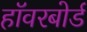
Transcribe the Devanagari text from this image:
हॉवरबोर्ड